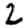
Digit: 2